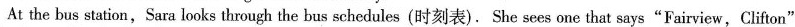
At the bus station,Sara looks through the bus schedules(时刻表).She sees one that says"Fairview,Clifton" on the front. That's what Sara needs.